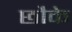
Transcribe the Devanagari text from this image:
छौके